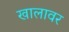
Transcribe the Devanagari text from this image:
खालावर